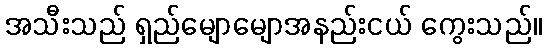
အသီးသည် ရှည်မျောမျောအနည်းငယ် ကွေးသည်။